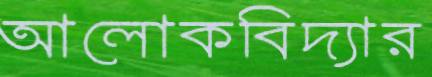
আলোকবিদ্যার